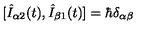
[ \hat { I } _ { \alpha 2 } ( t ) , \hat { I } _ { \beta 1 } ( t ) ] = \hbar \delta _ { \alpha \beta }